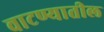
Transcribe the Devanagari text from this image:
वाटण्यातील